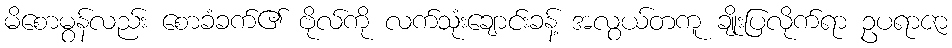
မိစောမွန်လည်း စောခံခက်၏ ဗိုလ်ကို လက်သုံးချောင်းခန့် အလွယ်တကူ ချိုးပြလိုက်ရာ ဥပရာဇာ